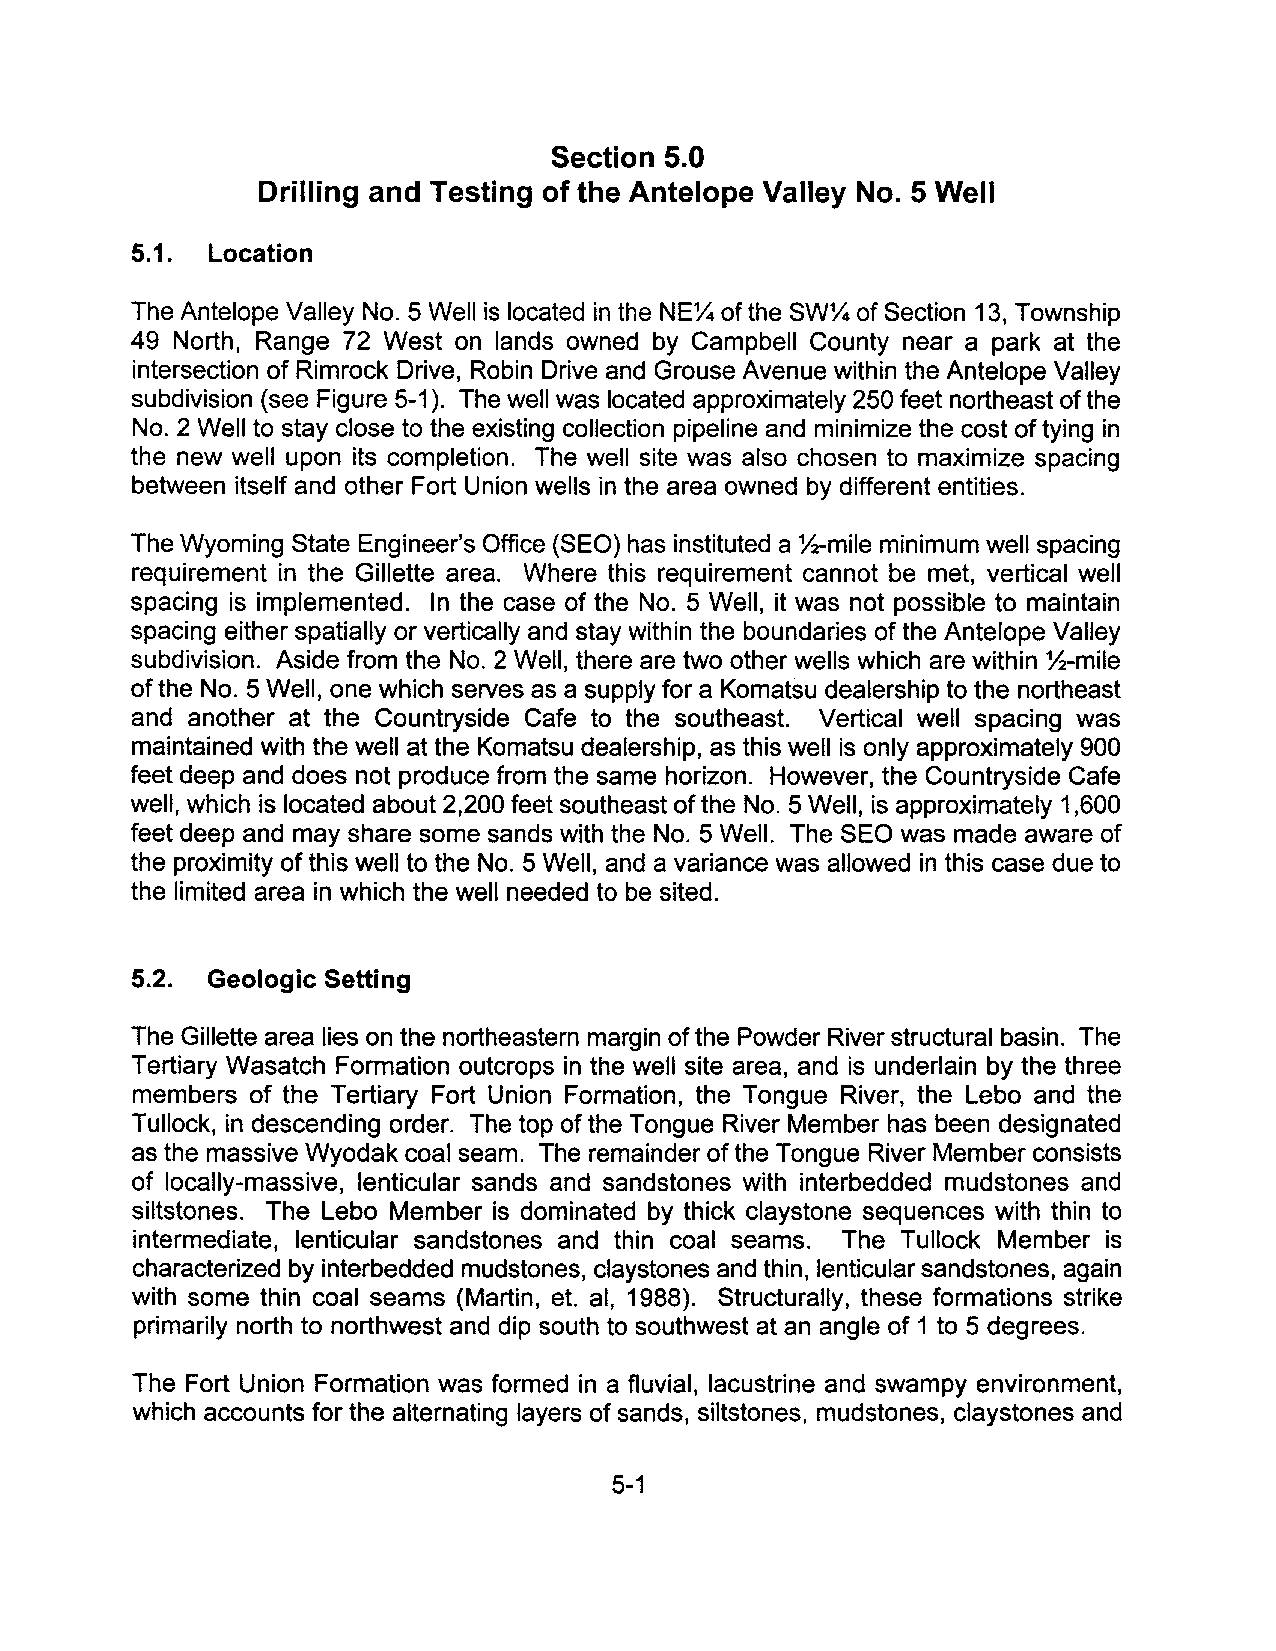
Section 5.0
 Drilling and Testing of the Antelope Valley No.5 Well
 5.1. Location
 The Antelope Valley NO.5 Well is located in the NE~ of the SW~ of Section 13, Township
 49 North, Range 72 West on lands owned by Campbell County near a park at the
 intersection of Rimrock Drive, Robin Drive and Grouse Avenue within the Antelope Valley
 subdivision (see Figure 5-1). The well was located approximately 250 feet northeast of the
 No.2 Well to stay close to the existing collection pipeline and minimize the cost of tying in
 the new well upon its completion. The well site was also chosen to maximize spacing
 between itself and other Fort Union wells in the area owned by different entities.
 The Wyoming State Engineer's Office (SEO) has instituted a ~-mile minimum well spacing
 requirement in the Gillette area. Where this requirement cannot be met, vertical well
 spacing is implemented. In the case of the NO.5 Well, it was not possible to maintain
 spacing either spatially or vertically and stay within the boundaries of the Antelope Valley
 subdivision. Aside from the No.2 Well, there are two other wells which are within ~-mile
 of the NO.5 Well, one which serves as a supply for a Komatsu dealership to the northeast
 and another at the Countryside Cafe to the southeast. Vertical well spacing was
 maintained with the well at the Komatsu dealership, as this well is only approximately 900
 feet deep and does not produce from the same horizon. However, the Countryside Cafe
 well, which is located about 2,200 feet southeast of the NO.5 Well, is approximately 1,600
 feet deep and may share some sands with the NO.5 Well. The SEO was made aware of
 the proximity of this well to the NO.5 Well, and a variance was allowed in this case due to
 the limited area in which the well needed to be sited.
 5.2. Geologic Setting
 The Gillette area lies on the northeastern margin of the Powder River structural basin. The
 Tertiary Wasatch Formation outcrops in the well site area, and is underlain by the three
 members of the Tertiary Fort Union Formation, the Tongue River, the Lebo and the
 Tullock, in descending order. The top of the Tongue River Member has been designated
 as the massive Wyodak coal seam. The remainder of the Tongue River Member consists
 of locally-massive, lenticular sands and sandstones with interbedded mudstones and
 siltstones. The Lebo Member is dominated by thick claystone sequences with thin to
 intermediate, lenticular sandstones and thin coal seams. The Tullock Member is
 characterized by interbedded mudstones, claystones and thin, lenticular sandstones, again
 with some thin coal seams (Martin, et. ai, 1988). Structurally, these formations strike
 primarily north to northwest and dip south to southwest at an angle of 1 to 5 degrees.
 The Fort Union Formation was formed in a fluvial, lacustrine and swampy environment,
 which accounts for the alternating layers of sands, siltstones, mudstones, claystones and
 5-1